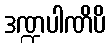
ဒဏ္ဍပါဏိပိ